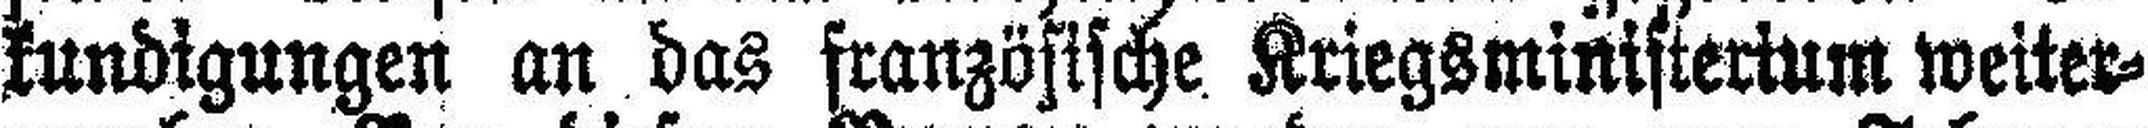
kundigungen an das französische Kriegsministerium weiter¬